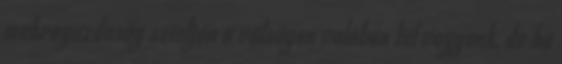
makrogazdaság szintjén a válságon valóban túl vagyunk, de ha